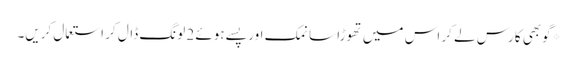
*گوبھی کا رس لے کر اس میں تھوڑا سا نمک اور پسے ہوئے 2 لونگ ڈال کر استعمال کریں۔